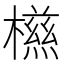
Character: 𣜑